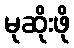
မုဆိုးဖို